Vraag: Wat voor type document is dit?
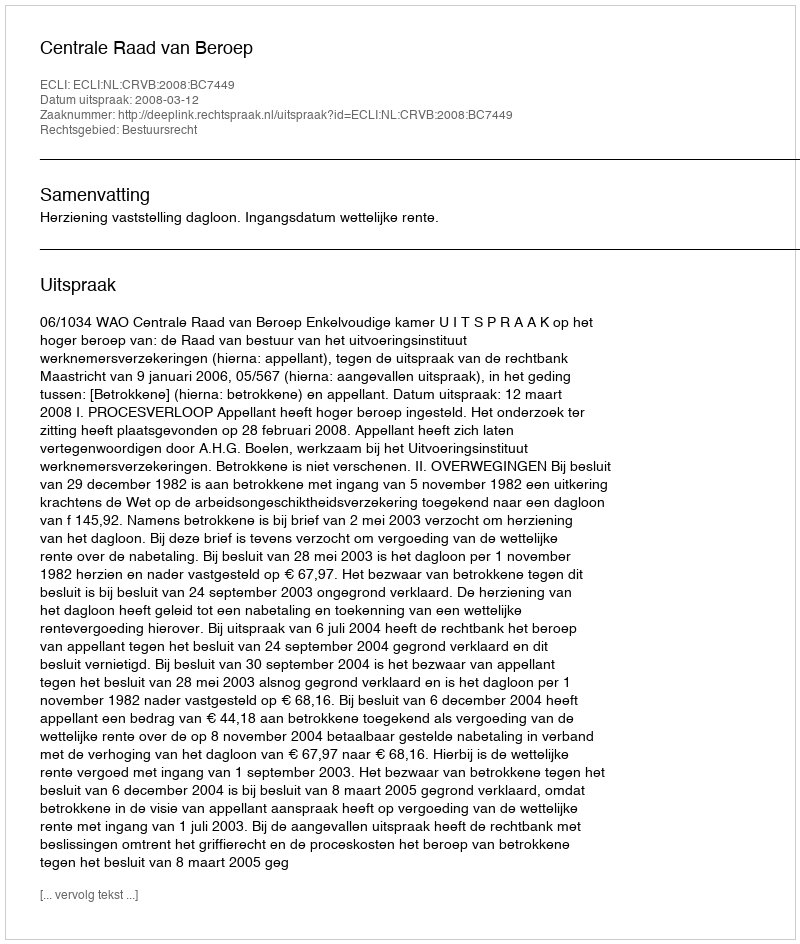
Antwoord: Uitspraak